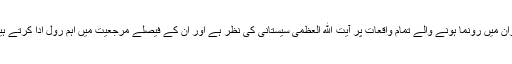
ایران میں رونما ہونے والے تمام واقعات پر آیت الله العظمی سیستانی کی نظر ہے اور ان کے فیصلے مرجعیت میں اہم رول ادا کرتے ہیں۔